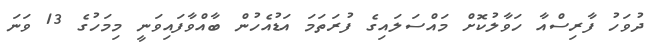
ދުވަހު ފާރިސްއާ ހަވާލުކޮށް މައްސަލައިގެ ފުރަތަަމަ އަޑުއެހުން ބާއްވާފައިވަނީ މިމަހުގެ 13 ވަނަ